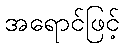
အရောင်ဖြင့်